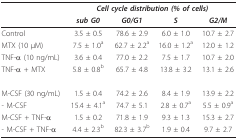
|  | <COLSPAN=4> Cell cycle distribution (% of cells) |
 |  | sub G0 | G0/G1 | S | G2/M |
 | --- | --- | --- | --- | --- |
 | Control | 3.5 ± 0.5 | 78.6 ± 2.9 | 6.0 ± 1.0 | 10.7 ± 2.7 |
 | MTX (10 μM) | 7.5 ± 1.0a | 62.7 ± 2.2a | 16.0 ± 1.2a | 12.0 ± 1.2 |
 | TNF-α (10 ng/mL) | 3.6 ± 0.4 | 77.0 ± 2.2 | 7.5 ± 1.7 | 10.7 ± 2.0 |
 | TNF-α + MTX | 5.8 ± 0.8b | 65.7 ± 4.8 | 13.8 ± 3.2 | 13.1 ± 2.6 |
 | M-CSF (30 ng/mL) | 1.5 ± 0.4 | 74.2 ± 2.6 | 8.4 ± 1.9 | 13.9 ± 2.2 |
 | - M-CSF | 15.4 ± 4.1a | 74.7 ± 5.1 | 2.8 ± 0.7a | 5.5 ± 0.9a |
 | M-CSF + TNF-α | 1.5 ± 0.2 | 71.8 ± 1.9 | 9.3 ± 1.3 | 15.3 ± 2.7 |
 | - M-CSF + TNF-α | 4.4 ± 2.3b | 82.3 ± 3.7b | 1.9 ± 0.4 | 9.7 ± 2.7 |